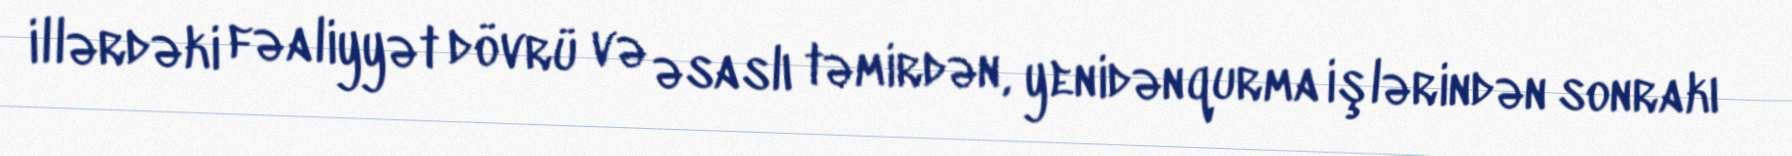
illərdəki fəaliyyət dövrü və əsaslı təmirdən, yenidənqurma işlərindən sonrakı